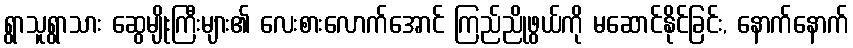
ရွာသူရွာသား ဆွေမျိုးကြီးများ၏ လေးစားလောက်အောင် ကြည်ညိုဖွယ်ကို မဆောင်နိုင်ခြင်း, နောက်နောက်